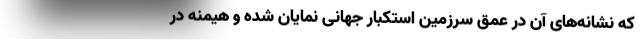
که نشانه‌های آن در عمق سرزمین استکبار جهانی نمایان شده و هیمنه در